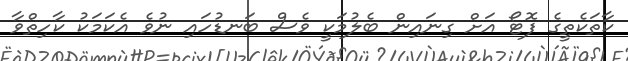
ކާތަކެތީގެ ފޮޓޯ އަށް ގިނައިން ބެލުމަކީ ވެސް ބަނޑުހައި ނުވެ އެކަމަކު ކާހިތްވާ